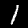
Digit: 1